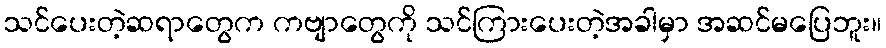
သင်ပေးတဲ့ဆရာတွေက ကဗျာတွေကို သင်ကြားပေးတဲ့အခါမှာ အဆင်မပြေဘူး။